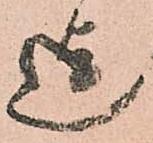
迄